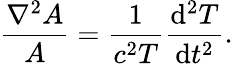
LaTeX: {\frac{\nabla^{2}A}{A}}={\frac{1}{c^{2}T}}{\frac{\mathrm{d}^{2}T}{\mathrm{d}t^{2}}}.